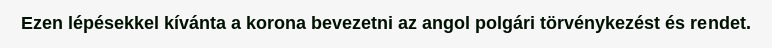
Ezen lépésekkel kívánta a korona bevezetni az angol polgári törvénykezést és rendet.